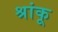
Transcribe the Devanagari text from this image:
श्रांकू